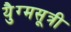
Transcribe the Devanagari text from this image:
युैग्मसूत्री